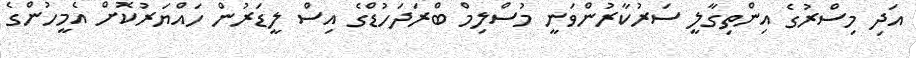
އަދި މިސްރުގެ އިންތިގާލީ ސަރުކާރުންވަނީ މުސްލިމް ބްރަދަހުޑްގެ އިސް ލީޑަރުން ހައްޔަރުކޮށް އެމީހުންގެ